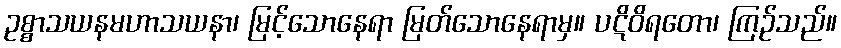
ဥစ္စာသယနမဟာသယနာ၊ မြင့်သောနေရာ မြတ်သောနေရာမှ။ ပဋိဝိရတော၊ ကြဉ်သည်။